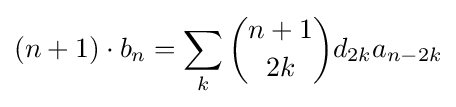
(n+1)\cdot b_{n}=\sum _{k}{\binom {n+1}{2k}}d_{2k}a_{n-2k}